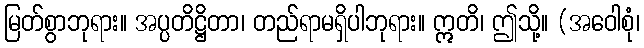
မြတ်စွာဘုရား။ အပ္ပတိဋ္ဌိတာ၊ တည်ရာမရှိပါဘုရား။ ဣတိ၊ ဤသို့။ (အဝေါစုံ၊